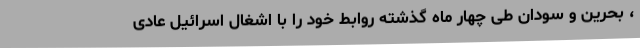
، بحرین و سودان طی چهار ماه گذشته روابط خود را با اشغال اسرائیل عادی